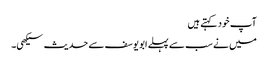
آپ خود کہتے ہیں
میں نے سب سے پہلے ابویوسف سے حدیث سیکھی۔